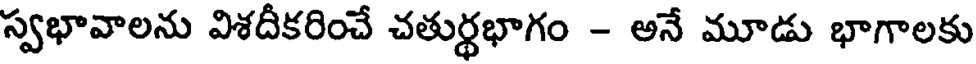
స్వభావాలను విశదీకరించే చతుర్థభాగం - అనే మూడు భాగాలకు